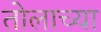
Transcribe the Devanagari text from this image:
तोलाच्या